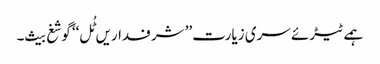
ہمے ٹیڑئے سری زیارت’’ شرفداریں ٹُل‘‘ گوشغ بیث۔